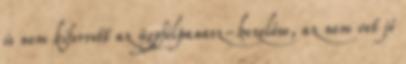
is nem kiforrott az ügyfélpanasz-kezelése, az nem vet jó